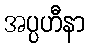
အပ္ပဟီနာ